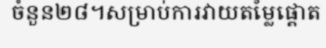
ចំនួន២៨។សម្រាប់ការវាយតម្លៃផ្តោត